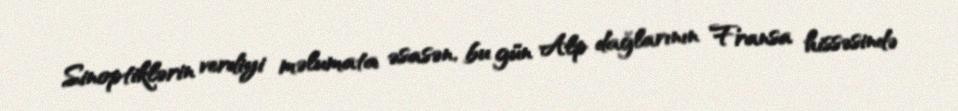
Sinoptiklərin verdiyi məlumata əsasən, bu gün Alp dağlarının Fransa hissəsində